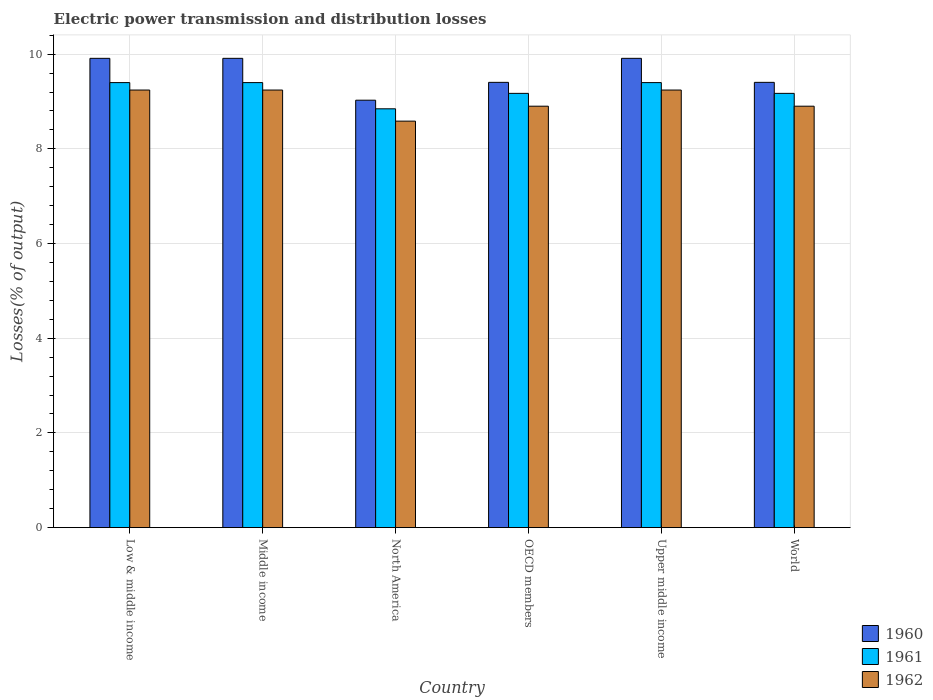
| Country | 1960 | 1961 | 1962 |
 | --- | --- | --- | --- |
 | Low & middle income | 9.91 | 9.4 | 9.24 |
 | Middle income | 9.91 | 9.4 | 9.24 |
 | North America | 9.03 | 8.85 | 8.59 |
 | OECD members | 9.4 | 9.17 | 8.9 |
 | Upper middle income | 9.91 | 9.4 | 9.24 |
 | World | 9.4 | 9.17 | 8.9 |